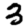
Digit: 3